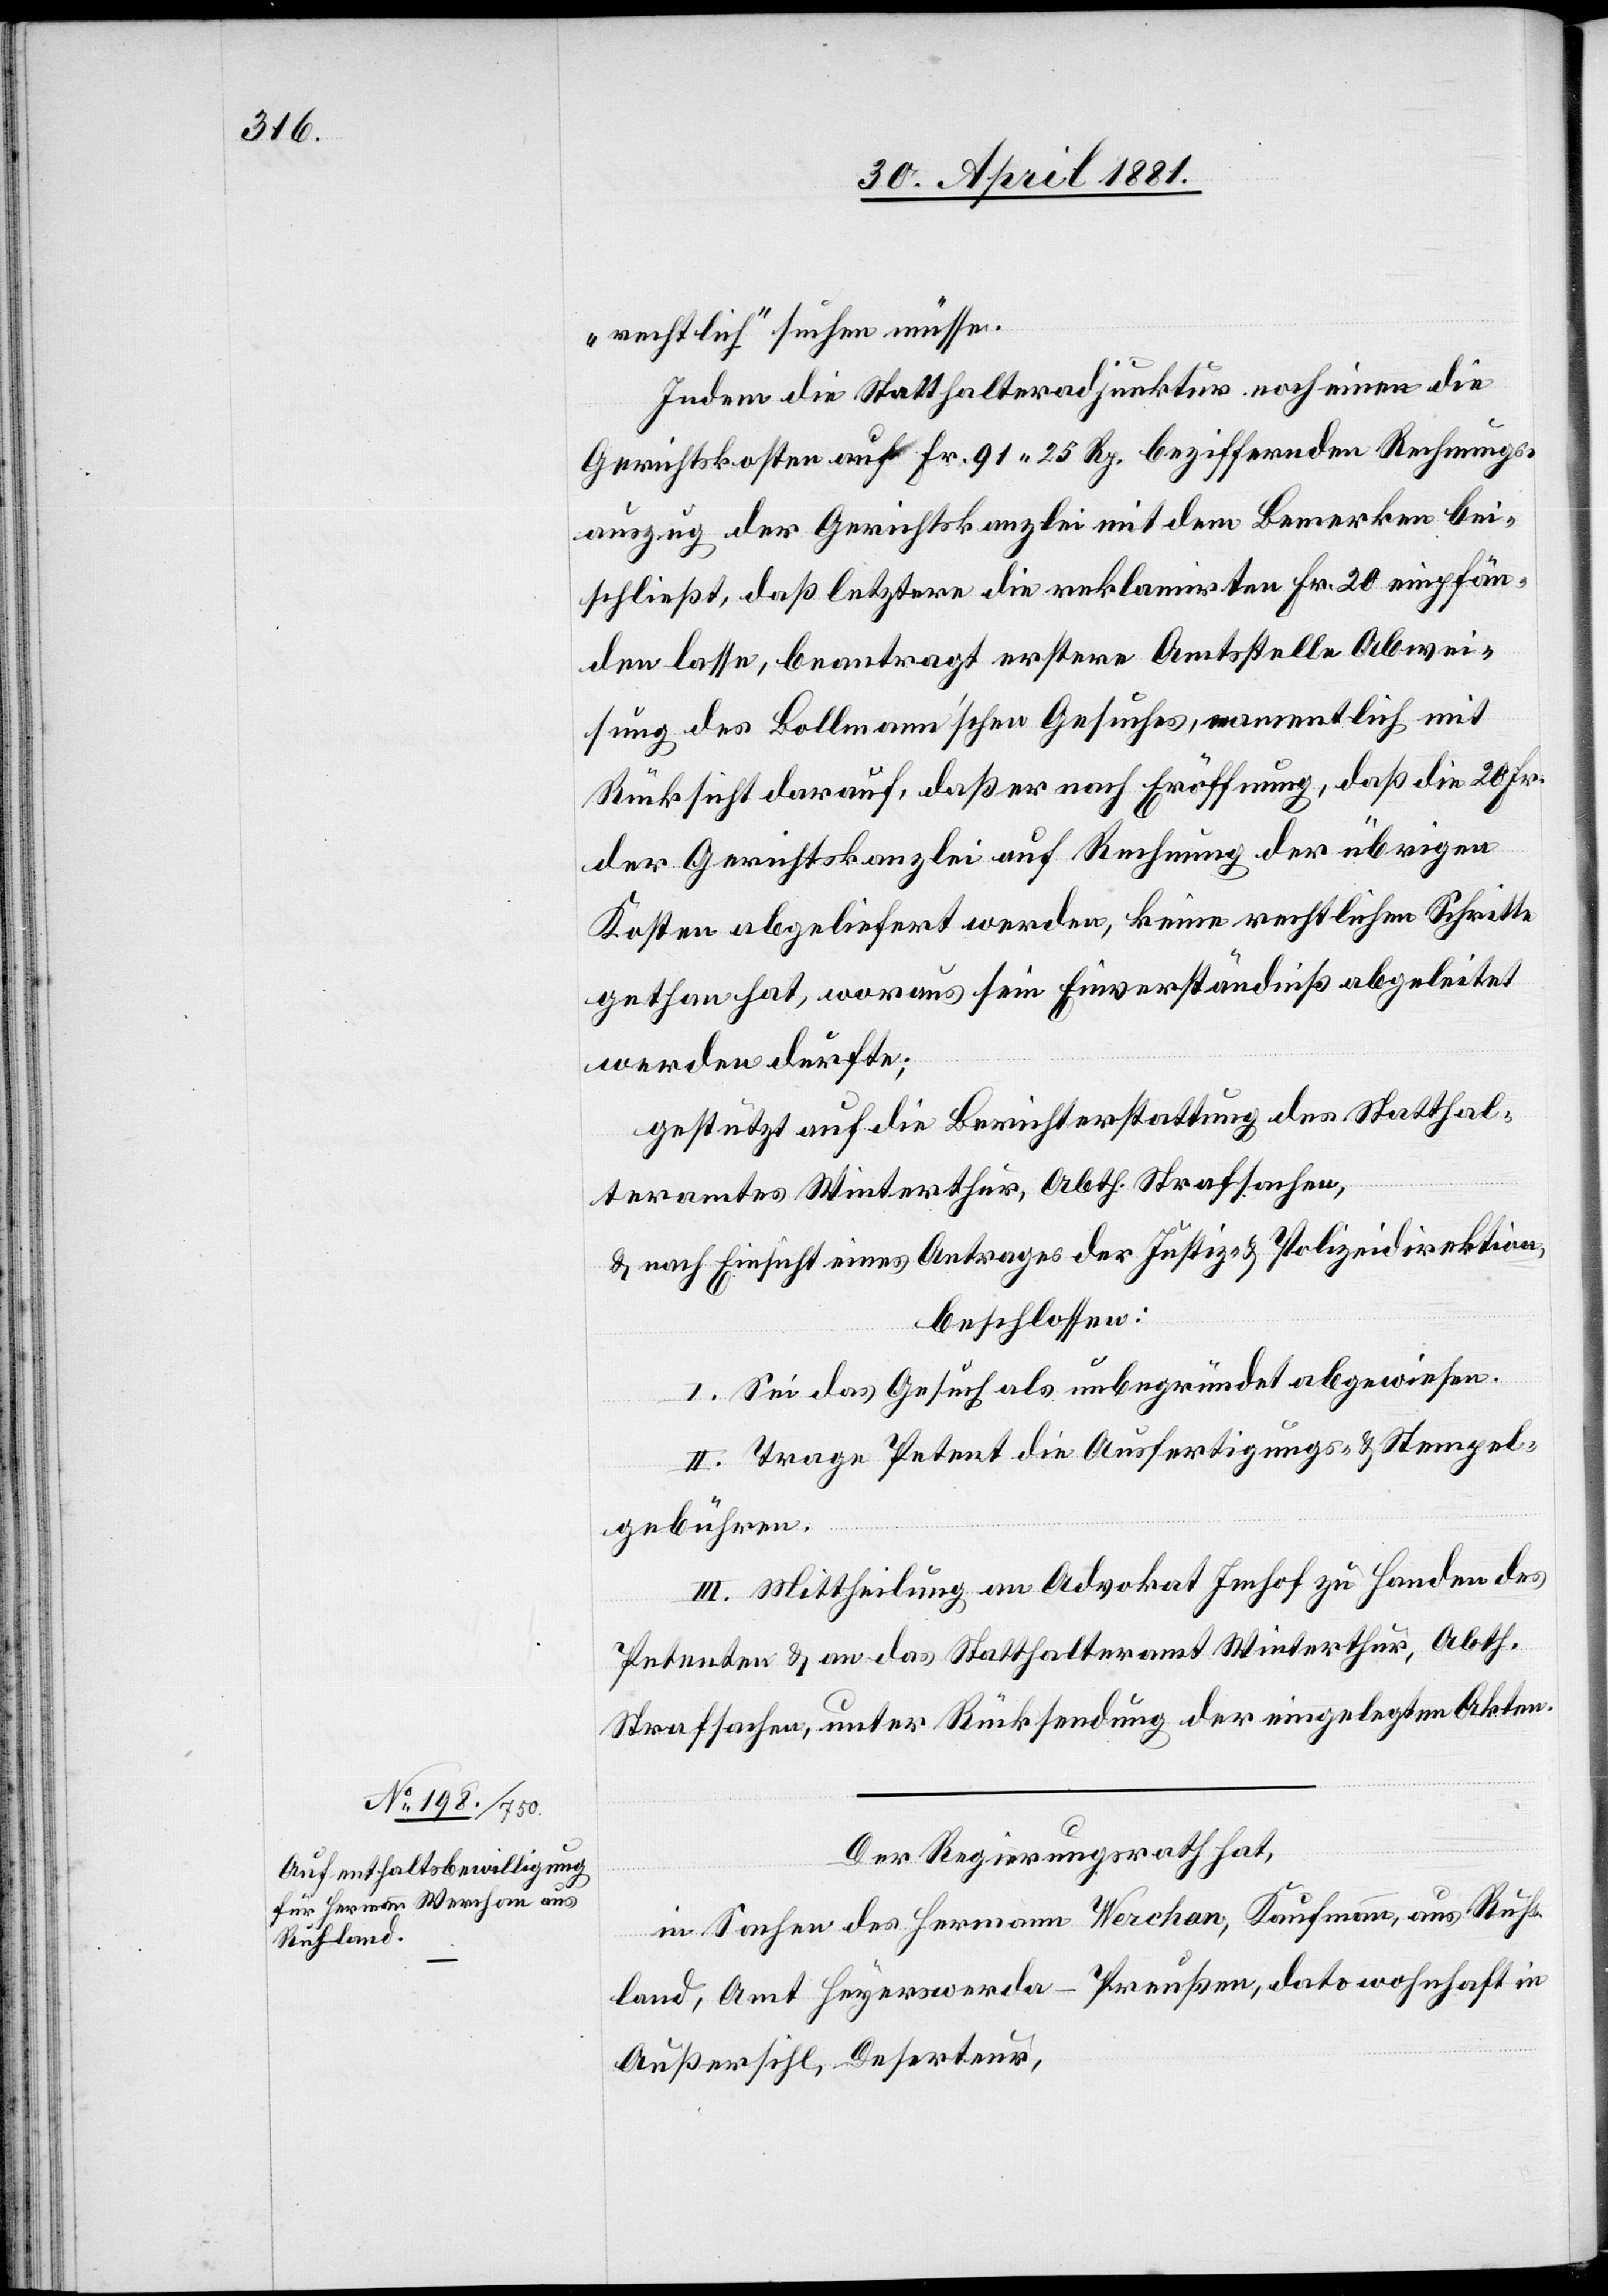
„rechtlich“ suchen müsse.
Indem die Statthalteradjunktur noch einen die
Gerichtskosten auf Fr. 91 25 Rp. beziffernden Rechnungs¬
auszug der Gerichtskanzlei mit dem Bemerken bei¬
schließt, daß letztere die reklamirten Fr. 20 einpfän¬
den lasse, beantragt erstere Amtsstelle Abwei¬
sung des Bollmann’schen Gesuches, namentlich mit
Rücksicht darauf, daß er nach Eröffnung, daß die 20 Fr.
der Gerichtskanzlei auf Rechnung der übrigen
Kosten abgeliefert werden, keine rechtlichen Schritte
gethan hat, woraus sein Einverständniß abgeleitet
werden durfte;
gestützt auf die Berichterstattung des Statthal¬
teramtes Winterthur, Abth. Strafsachen,
& nach Einsicht eines Antrages der Justiz- & Polizeidirektion,
beschossen:
I. Sei das Gesuch als unbegründet abgewiesen.
II. Trage Petent die Ausfertigungs- & Stempel¬
gebühren.
III. Mittheilung an Advokat Imhof zu Handen des
Petenten & an das Statthalteramt Winterthur, Abth.
Strafsachen, unter Rücksendung der eingelegten Akten.
Der Regierungsrath,
in Sachen des Hermann Werchan, Kaufmann, aus Ruh¬
land, Amt Heyerswerda [recte: Hoyerswerda] - Preußen, dato wohnhaft in
Außersihl, Deserteur,